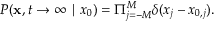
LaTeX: P ( \mathbf { x } , t \rightarrow \infty \mid x _ { 0 } ) = \Pi _ { j = - M } ^ { M } \delta ( x _ { j } - x _ { 0 , j } ) .